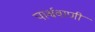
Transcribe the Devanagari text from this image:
पार्श्ववाणी